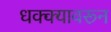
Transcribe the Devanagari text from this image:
धक्क्यावरून